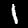
Label: 1